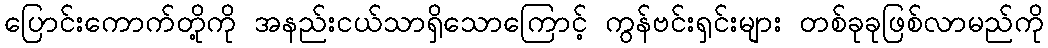
ပြောင်းကောက်တို့ကို အနည်းငယ်သာရှိသောကြောင့် ကွန်ဗင်းရှင်းများ တစ်ခုခုဖြစ်လာမည်ကို